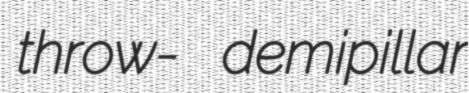
throw- demipillar